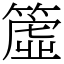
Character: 𥳁